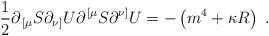
LaTeX: \begin{align*}{1\over 2}\partial_{\,[\mu} S\partial_{\nu]} U\partial^{\,[\mu} S\partial^{\nu]} U = -\left(m^4+\kappa R\right)\ .\end{align*}